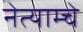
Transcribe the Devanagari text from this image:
नेत्याम्चे